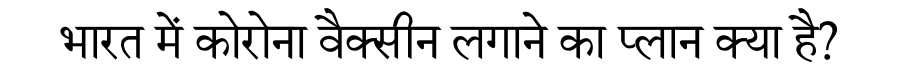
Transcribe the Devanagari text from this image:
भारत में कोरोना वैक्सीन लगाने का प्लान क्या है?